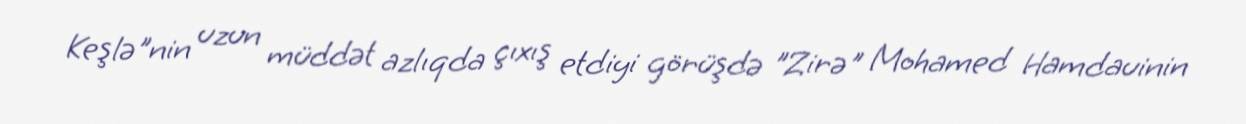
Keşlə"nin uzun müddət azlıqda çıxış etdiyi görüşdə "Zirə" Mohamed Hamdauinin